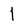
Character: l